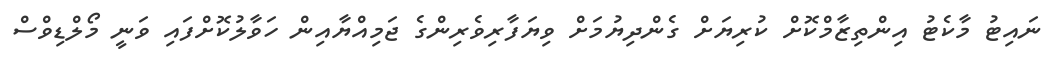
ނައިޓު މާކެޓު އިންތިޒާމްކޮށް ކުރިޔަށް ގެންދިޔުމަށް ވިޔަފާރިވެރިންގެ ޖަމިއްޔާއިން ހަވާލުކޮށްފައި ވަނީ މޯލްޑިވްސް